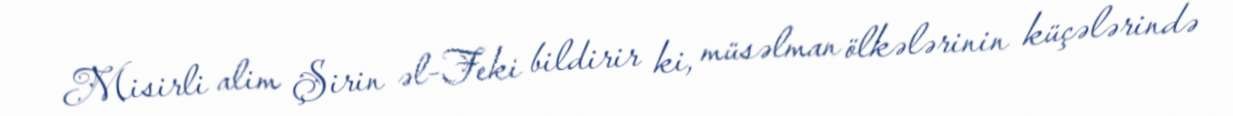
Misirli alim Şirin əl-Feki bildirir ki, müsəlman ölkələrinin küçələrində